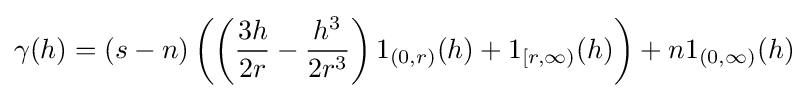
\gamma (h)=(s-n)\left(\left({\frac {3h}{2r}}-{\frac {h^{3}}{2r^{3}}}\right)1_{(0,r)}(h)+1_{[r,\infty )}(h)\right)+n1_{(0,\infty )}(h)